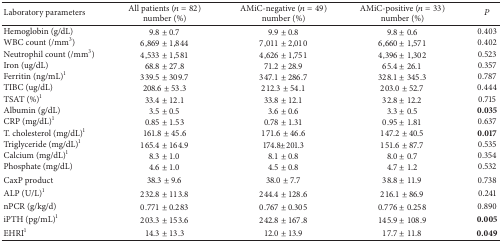
<table><thead><tr><td><b>Laboratory parameters</b></td><td><b>All patients (<i>n</i> = 82) number (%)</b></td><td><b>AMiC-negative (<i>n</i> = 49) number (%)</b></td><td><b>AMiC-positive (<i>n</i> = 33) number (%)</b></td><td><b><i>P</i></b></td></tr></thead><tbody><tr><td>Hemoglobin (g/dL)</td><td>9.8 ± 0.7</td><td>9.9 ± 0.8</td><td>9.8 ± 0.6</td><td>0.403</td></tr><tr><td>WBC count (/mm<sup>3</sup>)</td><td>6,869 ± 1,844</td><td>7,011 ± 2,010</td><td>6,660 ± 1,571</td><td>0.402</td></tr><tr><td>Neutrophil count (/mm<sup>3</sup>)</td><td>4,533 ± 1,581</td><td>4,626 ± 1,751</td><td>4,396 ± 1,302</td><td>0.523</td></tr><tr><td>Iron (ug/dL)</td><td>68.8 ± 27.8</td><td>71.2 ± 28.9</td><td>65.4 ± 26.1</td><td>0.357</td></tr><tr><td>Ferritin (ng/mL)<sup>1</sup></td><td>339.5 ± 309.7</td><td>347.1 ± 286.7</td><td>328.1 ± 345.3</td><td>0.787</td></tr><tr><td>TIBC (ug/dL) </td><td>208.6 ± 53.3</td><td>212.3 ± 54.1</td><td>203.0 ± 52.7</td><td>0.444</td></tr><tr><td>TSAT (%)<sup>1</sup></td><td>33.4 ± 12.1</td><td>33.8 ± 12.1</td><td>32.8 ± 12.2</td><td>0.715</td></tr><tr><td>Albumin (g/dL)</td><td>3.5 ± 0.5</td><td>3.6 ± 0.6</td><td>3.3 ± 0.5</td><td><b>0.035</b></td></tr><tr><td>CRP (mg/dL)<sup>1</sup></td><td>0.85 ± 1.53</td><td>0.78 ± 1.31</td><td>0.95 ± 1.81</td><td>0.637</td></tr><tr><td>T. cholesterol (mg/dL)<sup>1</sup></td><td>161.8 ± 45.6</td><td>171.6 ± 46.6</td><td>147.2 ± 40.5</td><td><b>0.017</b></td></tr><tr><td>Triglyceride (mg/dL)<sup>1</sup></td><td>165.4 ± 164.9</td><td>174.8±201.3</td><td>151.6 ± 87.7</td><td>0.535</td></tr><tr><td>Calcium (mg/dL)<sup>1</sup></td><td>8.3 ± 1.0</td><td>8.1 ± 0.8</td><td>8.0 ± 0.7</td><td>0.354</td></tr><tr><td>Phosphate (mg/dL)</td><td>4.6 ± 1.0</td><td>4.5 ± 0.8</td><td>4.7 ± 1.2</td><td>0.532</td></tr><tr><td>CaxP product</td><td>38.3 ± 9.6</td><td>38.0 ± 7.7</td><td>38.8 ± 11.9</td><td>0.738</td></tr><tr><td>ALP (U/L)<sup>1</sup></td><td>232.8 ± 113.8</td><td>244.4 ± 128.6</td><td>216.1 ± 86.9</td><td>0.241</td></tr><tr><td>nPCR (g/kg/d)</td><td>0.771 ± 0.283</td><td>0.767 ± 0.305</td><td>0.776 ± 0.258</td><td>0.890</td></tr><tr><td>iPTH (pg/mL)<sup>1</sup></td><td>203.3 ± 153.6</td><td>242.8 ± 167.8</td><td>145.9 ± 108.9</td><td><b>0.005</b></td></tr><tr><td>EHRI<sup>1</sup></td><td>14.3 ± 13.3</td><td>12.0 ± 13.9</td><td>17.7 ± 11.8</td><td><b>0.049</b></td></tr></tbody></table>